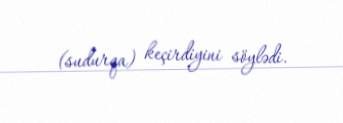
(sudurqa) keçirdiyini söylədi.